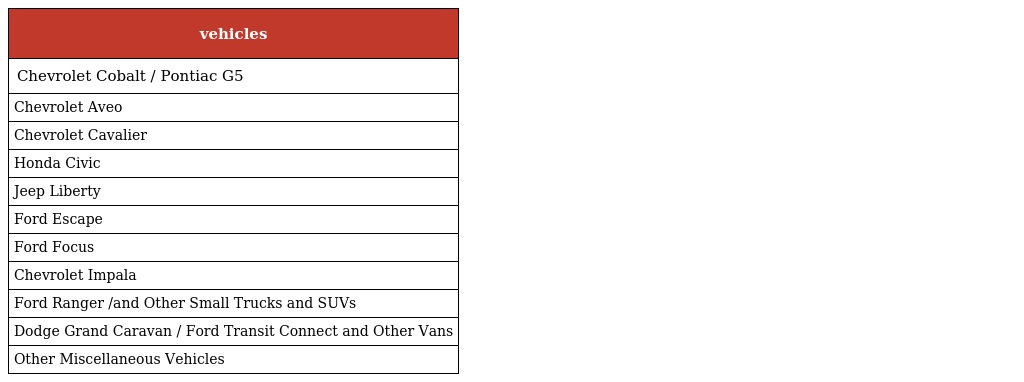
| vehicles |
 | --- |
 | Chevrolet Cobalt / Pontiac G5 |
 | Chevrolet Aveo |
 | Chevrolet Cavalier |
 | Honda Civic |
 | Jeep Liberty |
 | Ford Escape |
 | Ford Focus |
 | Chevrolet Impala |
 | Ford Ranger /and Other Small Trucks and SUVs |
 | Dodge Grand Caravan / Ford Transit Connect and Other Vans |
 | Other Miscellaneous Vehicles |